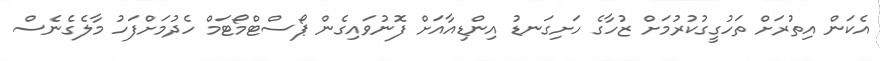
އެކަން އިތުރަށް ތަހުގީގުކުރުމަށް ޒުހާގެ ހަށިގަނޑު އިންޑިއާއަށް ފޮނުވައިގެން ޕޯސްޓްމޯޓަމް ހެދުމަށްފަހު މާލެގެނެސް